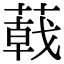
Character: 𦻝